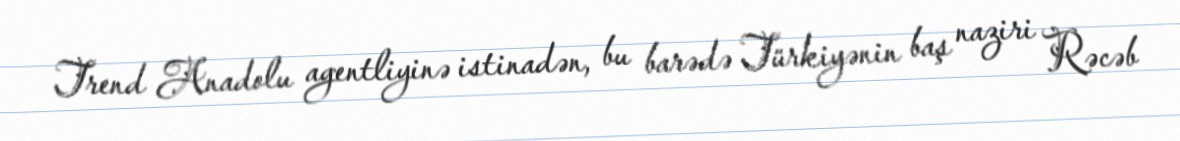
Trend Anadolu agentliyinə istinadən, bu barədə Türkiyənin baş naziri Rəcəb